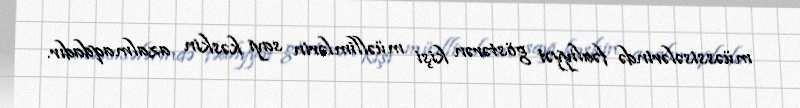
müəssisələrində fəaliyyət göstərən kişi müəllimlərin sayı kəskin azalmaqdadır.